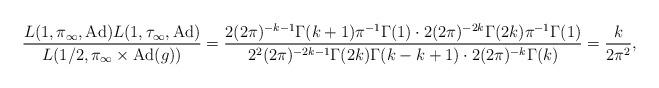
LaTeX: \begin{align*} \frac{L(1,\pi_{\infty},\mathrm{Ad})L(1,\tau_{\infty}, \mathrm{Ad})}{L(1/2,\pi_{\infty}\times \mathrm{Ad}(g))} = \frac{2(2\pi)^{-k-1}\Gamma(k+1)\pi^{-1}\Gamma(1)\cdot 2(2\pi)^{-2k}\Gamma(2k)\pi^{-1}\Gamma(1)}{2^2(2\pi)^{-2k-1}\Gamma(2k)\Gamma(k-k+1)\cdot 2(2\pi)^{-k}\Gamma(k)} = \frac{k}{2\pi^2},\end{align*}